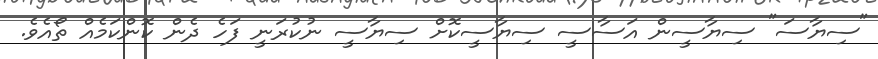
"ސިޔާސަ" ސިޔާސީން އަސާސީ ސިޔާސީކޮށް ސިޔާސީ ނުކުރަނީ ފަހެ ދެން ކޮންކަމެއް ތޯއެވެ.